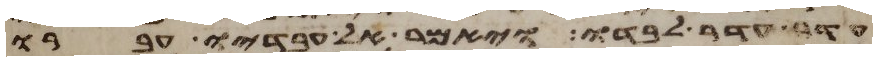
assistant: עדר עדר לבדו ויאמר אל עבדיו עברו